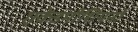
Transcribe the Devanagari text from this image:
एकेडमीशियनों